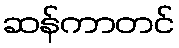
ဆန်ကာတင်